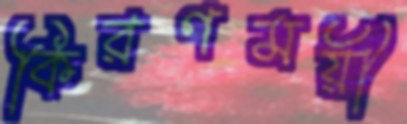
কিরণময়ী